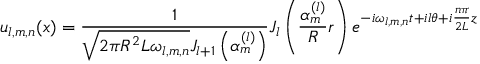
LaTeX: u _ { l , m , n } ( x ) = \frac 1 { \sqrt { 2 \pi R ^ { 2 } L \omega _ { l , m , n } } J _ { l + 1 } \left( \alpha _ { m } ^ { ( l ) } \right) } J _ { l } \left( \frac { \alpha _ { m } ^ { ( l ) } } R r \right) e ^ { - i \omega _ { l , m , n } t + i l \theta + i \frac { n \pi } { 2 L } z }